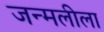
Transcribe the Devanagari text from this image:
जन्मलीला